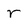
Character: r